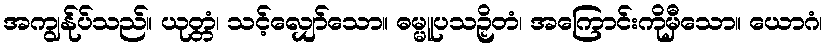
အကျွန်ုပ်သည်။ ယုတ္တံ၊ သင့်လျှော်သော။ ဓမ္မူပသဉှိတံ၊ အကြောင်းကိုမှီသော။ ယောဂံ၊